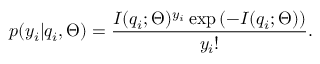
p ( y _ { i } | q _ { i } , \Theta ) = \frac { I ( q _ { i } ; \Theta ) ^ { y _ { i } } \exp \left( - I ( q _ { i } ; \Theta ) \right) } { y _ { i } ! } .